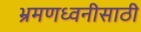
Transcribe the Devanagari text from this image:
भ्रमणध्वनीसाठी